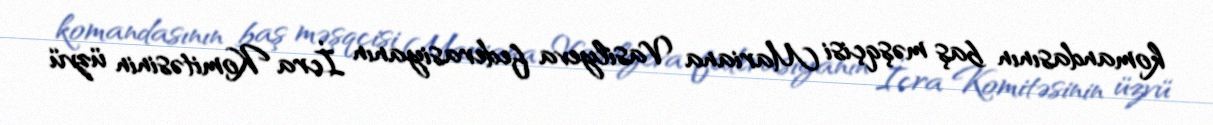
komandasının baş məşqçisi Mariana Vasilyeva federasiyanın İcra Komitəsinin üzvü